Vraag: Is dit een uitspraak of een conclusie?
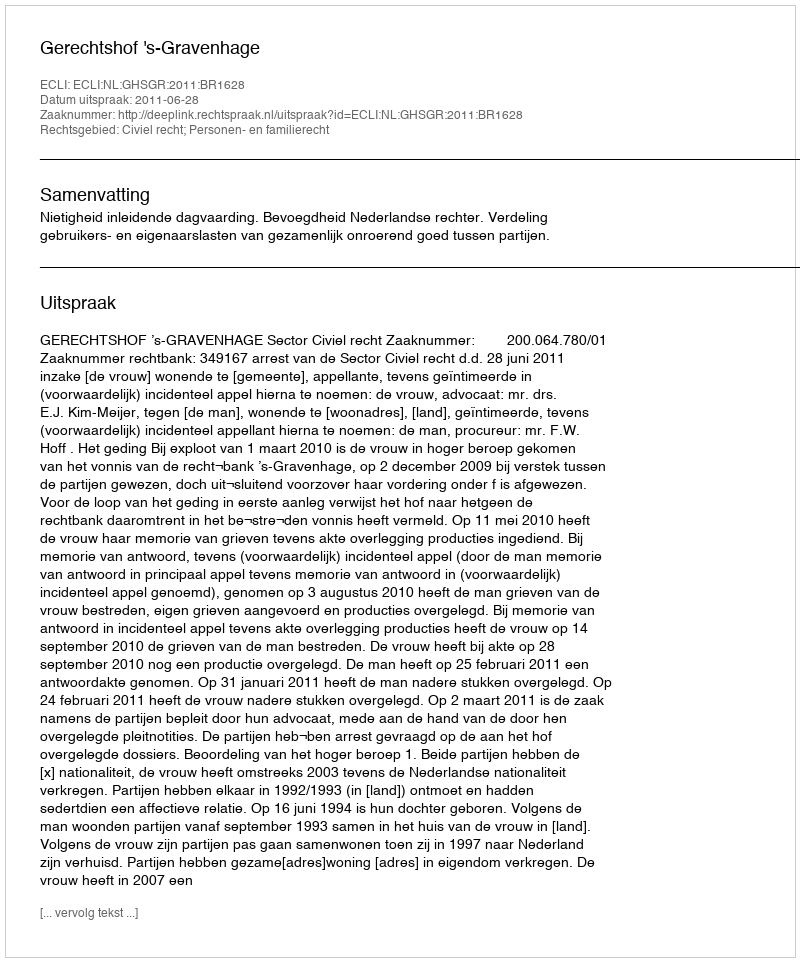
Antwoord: Uitspraak